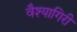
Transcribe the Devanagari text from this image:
वैश्यागिरी